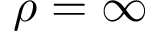
\rho = \infty